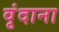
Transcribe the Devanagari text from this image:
वृंदाना